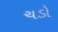
ચડો